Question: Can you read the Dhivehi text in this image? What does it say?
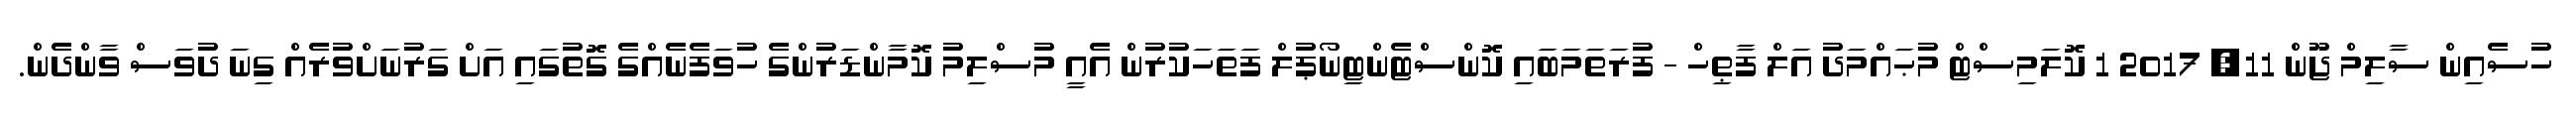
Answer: ހުސެއިން ސާލިމް ޖޫން 11, 2017 1 ކޮލަމިސްޓް މުޙައްމަދު އަލް ފާޠިހް - ފުރަތަމަބައި ކޮންސްޓެންޓިނޯޕުލް ފަތަހަކުރުން އެއީ މުސްލިމު ކޮމާންޑަރުންގެ ހުވަފެނެއްގެ ގޮތުގައި އަށް ގަރުނަށްވުރެއް ގިނަ ދުވަސް ވާންދެން.